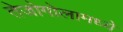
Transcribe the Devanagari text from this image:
तेजोगोलामध्ये